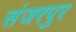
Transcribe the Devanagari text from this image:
संजरपुर